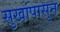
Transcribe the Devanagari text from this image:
सुखांपासुन